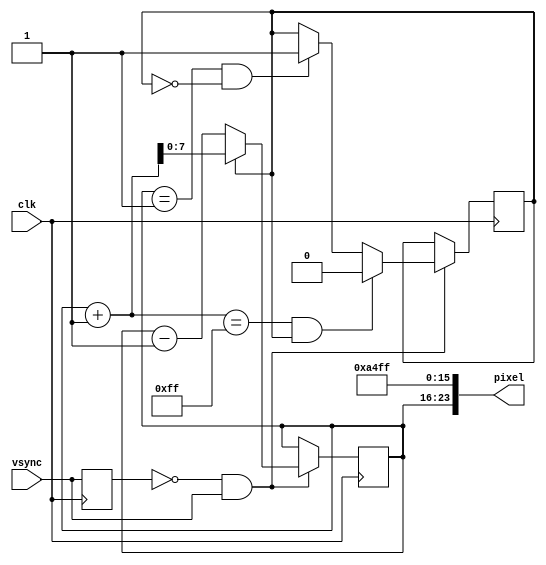
`timescale 1ns / 1ps
//////////////////////////////////////////////////////////////////////////////////
// Company:
// Engineer: 
// 
// Design Name: 
// Module Name:    bg 
// Project Name: 
// Target Devices: 
// Tool versions: 
// Description: 
//
// Dependencies: 
//
// Revision: 
// Revision 0.01 - File Created
// Additional Comments: 
//
//////////////////////////////////////////////////////////////////////////////////
module bg(
	input clk,
    input vsync,
    output [23:0] pixel
    );				 
	wire [7:0] green = 164;
	wire [7:0] blue = 255;
	reg [7:0] red = 0;
	reg up = 1;
	reg old_vsync;
	
	always @(posedge clk) begin
		old_vsync <= vsync;
		if (~old_vsync && vsync) begin
			if (up) red <= red + 1;
			else red <= red - 1;
			if (red + 1 == 255 && up) up <= 0;
			else if (red == 1 && ~up) up <= 1;
		end
	end
	
	assign pixel = {red, green, blue};
	
endmodule